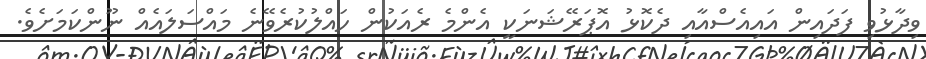
ވިދާޅުވި ފަދައިން އައިއެސްއާއި ދެކޮޅު އޮޕަރޭޝަނަކީ އެންމެ ރެއަކުން ހައްލުކުރެވޭނެ މައްސަލައެއް ނޫންކަމަށެވެ.